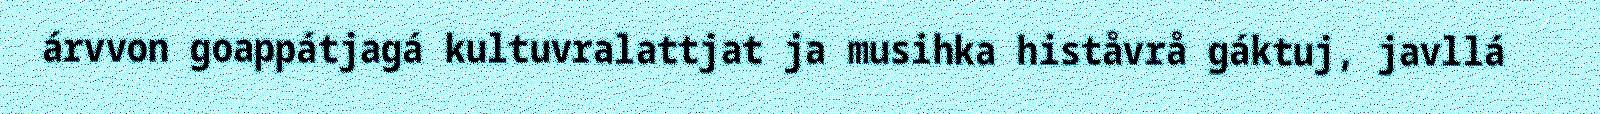
árvvon goappátjagá kultuvralattjat ja musihka histåvrå gáktuj, javllá